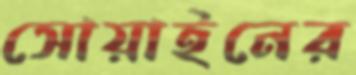
সোয়াইনের